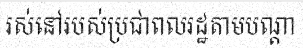
រស់នៅរបស់ប្រជាពលរដ្ឋតាមបណ្តា